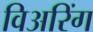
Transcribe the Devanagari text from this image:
विअरिंग